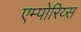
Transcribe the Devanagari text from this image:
एम्पोरिय्स